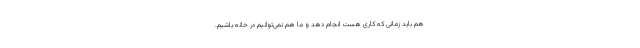
هم باید زمانی که کاری هست انجام دهد و ما هم نمی‌توانیم در خانه باشیم.